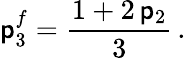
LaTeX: \mathsf{p}_{3}^{f}=\frac{{1+2\, \mathsf{p}_{2}}}{{3}}\, .